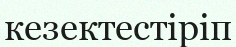
кезектестіріп